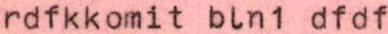
rdfkkomit bln1 dfdf